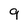
Character: 9